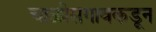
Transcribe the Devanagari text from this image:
चाळीसगावकडून